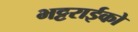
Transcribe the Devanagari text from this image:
भट्टराईको